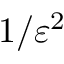
1 / \varepsilon ^ { 2 }